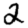
Digit: 2